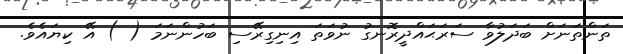
ތަންތަނަށް ބަދަލުވާ ސަރަޙައްދީރޮނގު ނުވަތަ އިނިގިރޭސި ބަހުންނަމަ ( ) އޭ ކިޔައެވެ.